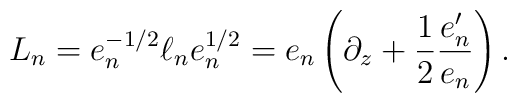
L_n=e_n^{-1/2}\ell_ne^{1/2}_n= e_n\left(\partial_z+{1\over2} {e'_n\over e_n}\right).